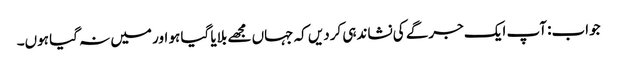
جواب: آپ ایک جرگے کی نشاندہی کردیں کہ جہاں مجھے بلایا گیا ہو اور میں نہ گیا ہوں۔